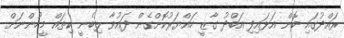
ރައްދުގައި ބޮން އަޅައިފި އަބްދު ގާޒީ ހައްޔަރުކޮށްގެން ދައުވާ ލިބެނީ ކިތައް މީހުންނަށް